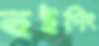
হুইপিং